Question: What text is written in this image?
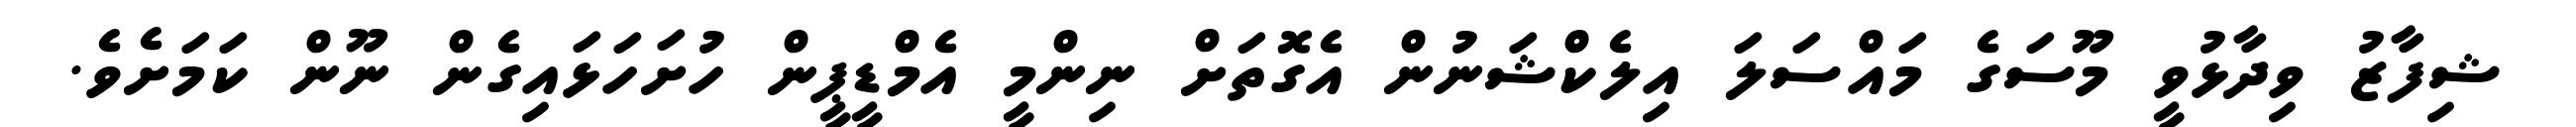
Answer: ޝިފާޒު ވިދާޅުވީ މޫސަގެ މައްސަލަ އިލެކްޝަނުން އެގޮތަށް ނިންމީ އެމްޑީޕީން ހުށަހަޅައިގެން ނޫން ކަމަށެވެ.